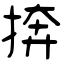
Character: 捹